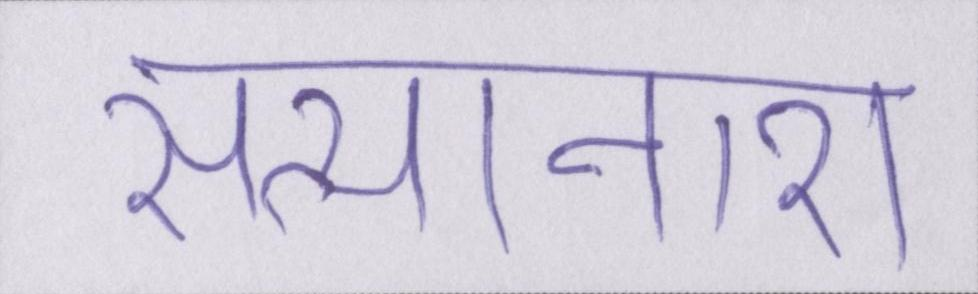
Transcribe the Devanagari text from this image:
सत्यानाश